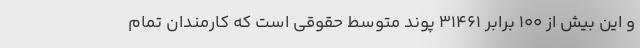
و این بیش از ۱۰۰ برابر ۳۱۴۶۱ پوند متوسط حقوقی است که کارمندان تمام